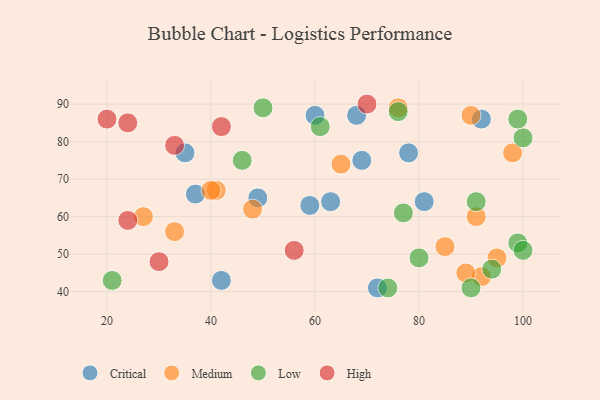
{"axis": {"x": "GDP", "y": "Life Expectancy"}, "legend": ["Critical", "High", "Low", "Medium"], "data": [{"x": "81", "y": 64, "type": "Critical"}, {"x": "72", "y": 41, "type": "Critical"}, {"x": "37", "y": 66, "type": "Critical"}, {"x": "59", "y": 63, "type": "Critical"}, {"x": "35", "y": 77, "type": "Critical"}, {"x": "42", "y": 43, "type": "Critical"}, {"x": "49", "y": 65, "type": "Critical"}, {"x": "92", "y": 86, "type": "Critical"}, {"x": "68", "y": 87, "type": "Critical"}, {"x": "78", "y": 77, "type": "Critical"}, {"x": "63", "y": 64, "type": "Critical"}, {"x": "60", "y": 87, "type": "Critical"}, {"x": "69", "y": 75, "type": "Critical"}, {"x": "33", "y": 56, "type": "Medium"}, {"x": "41", "y": 67, "type": "Medium"}, {"x": "48", "y": 62, "type": "Medium"}, {"x": "92", "y": 44, "type": "Medium"}, {"x": "90", "y": 87, "type": "Medium"}, {"x": "27", "y": 60, "type": "Medium"}, {"x": "89", "y": 45, "type": "Medium"}, {"x": "85", "y": 52, "type": "Medium"}, {"x": "76", "y": 89, "type": "Medium"}, {"x": "98", "y": 77, "type": "Medium"}, {"x": "95", "y": 49, "type": "Medium"}, {"x": "91", "y": 60, "type": "Medium"}, {"x": "65", "y": 74, "type": "Medium"}, {"x": "40", "y": 67, "type": "Medium"}, {"x": "77", "y": 61, "type": "Low"}, {"x": "90", "y": 41, "type": "Low"}, {"x": "50", "y": 89, "type": "Low"}, {"x": "21", "y": 43, "type": "Low"}, {"x": "46", "y": 75, "type": "Low"}, {"x": "74", "y": 41, "type": "Low"}, {"x": "94", "y": 46, "type": "Low"}, {"x": "91", "y": 64, "type": "Low"}, {"x": "61", "y": 84, "type": "Low"}, {"x": "100", "y": 81, "type": "Low"}, {"x": "76", "y": 88, "type": "Low"}, {"x": "80", "y": 49, "type": "Low"}, {"x": "99", "y": 53, "type": "Low"}, {"x": "100", "y": 51, "type": "Low"}, {"x": "99", "y": 86, "type": "Low"}, {"x": "30", "y": 48, "type": "High"}, {"x": "20", "y": 86, "type": "High"}, {"x": "33", "y": 79, "type": "High"}, {"x": "70", "y": 90, "type": "High"}, {"x": "24", "y": 85, "type": "High"}, {"x": "56", "y": 51, "type": "High"}, {"x": "24", "y": 59, "type": "High"}, {"x": "42", "y": 84, "type": "High"}]}